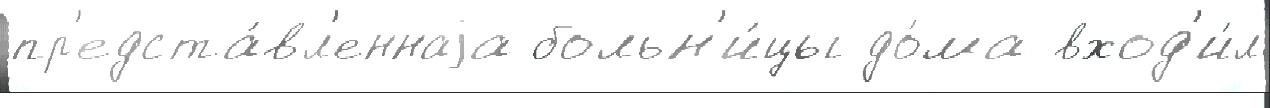
пр'едста́вл'еннаjа больн'и́цы до́ма вход'и́л